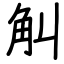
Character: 觓